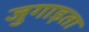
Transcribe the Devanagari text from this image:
जुगाड़ता